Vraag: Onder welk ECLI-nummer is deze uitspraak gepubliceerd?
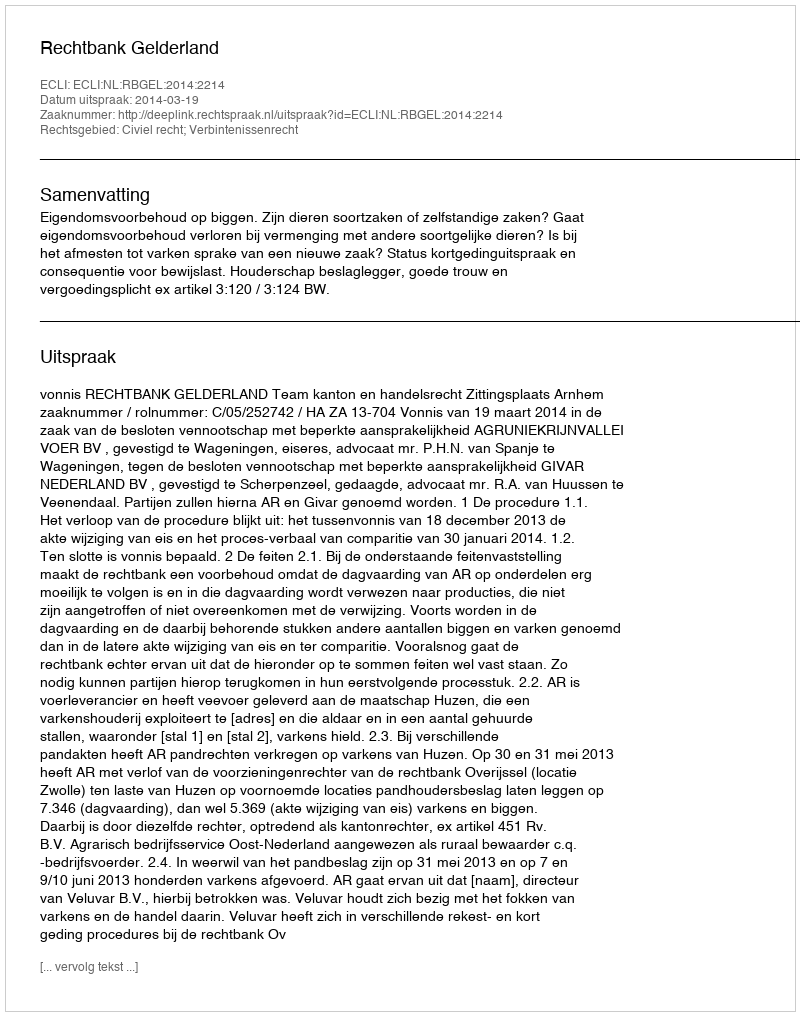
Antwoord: ECLI:NL:RBGEL:2014:2214